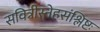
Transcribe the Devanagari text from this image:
सवित्रीस्नेहसंश्लिष्टः